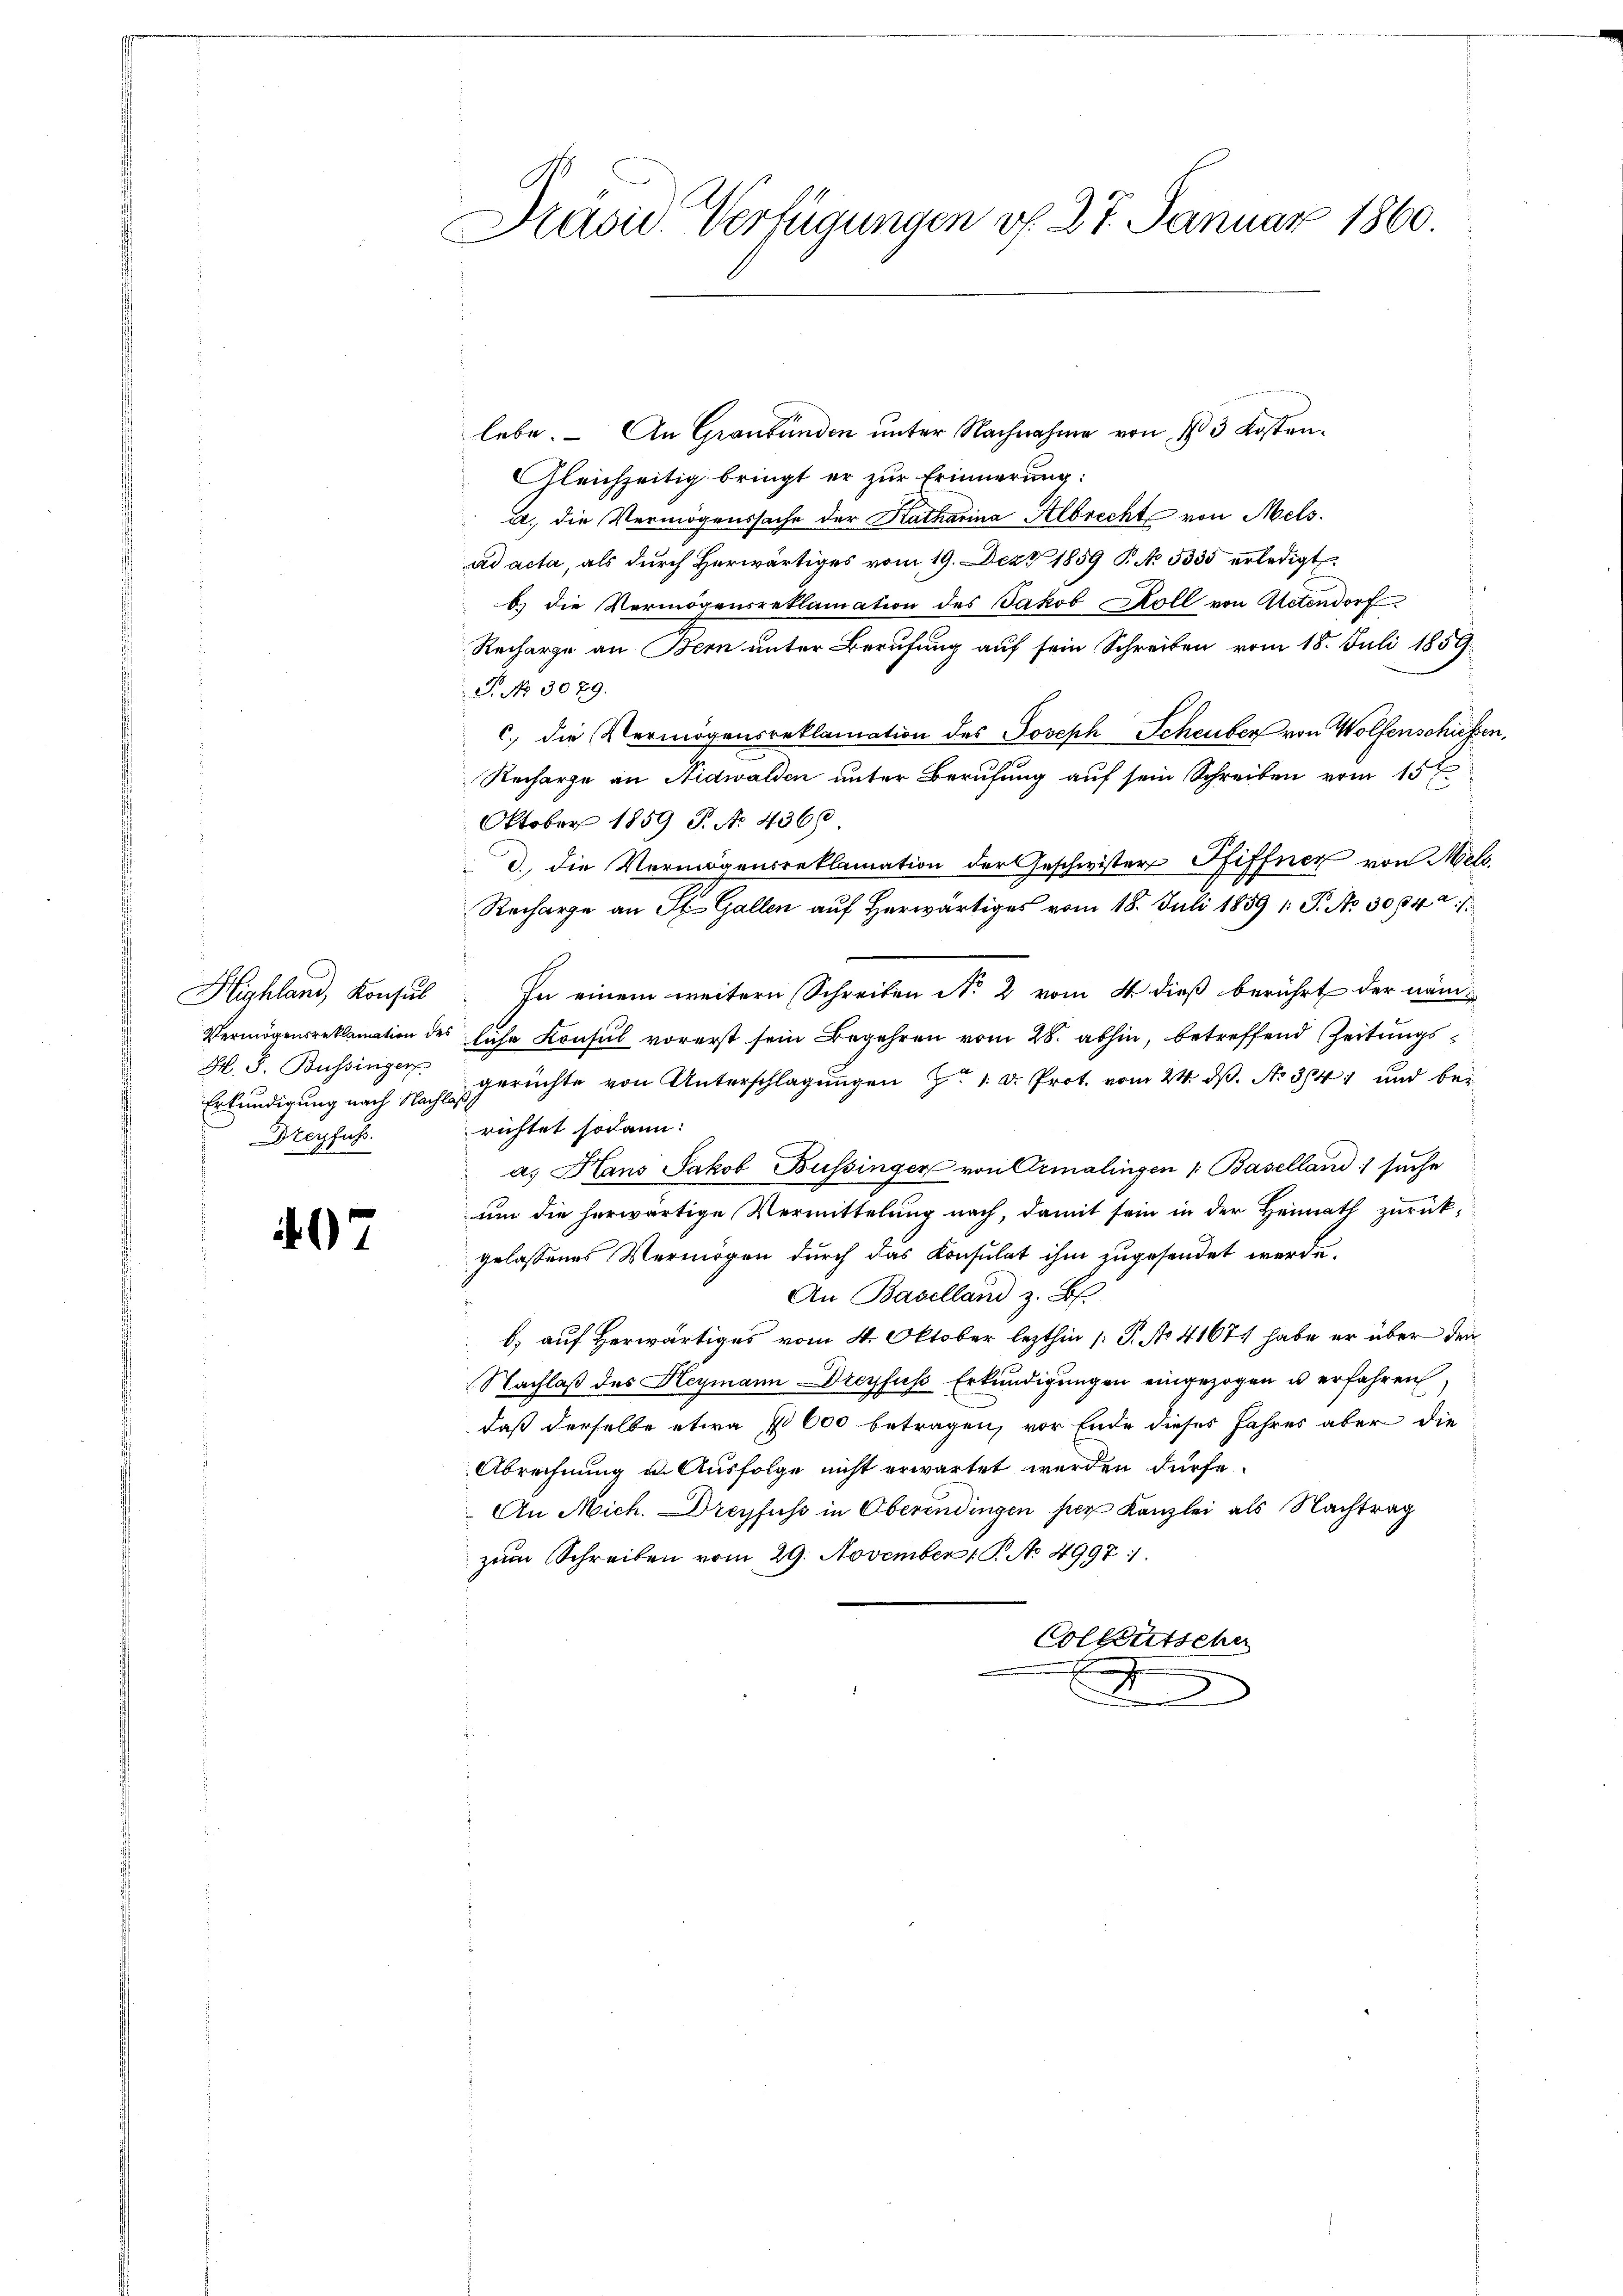
Highland, Konsul
Hl. S. Bussinger
Dreyfuss.

07

Präsid. Verfügungen d. 27. Januar 1860.

lebe. An Graubünden unter Nachnahme von § 3 Kosten¬
Gleichzeitig bringt er zur Erinnerung:
a. die Vermögenssache der Katharina Albrecht von Melsad acta, als durch herwärtiges vom 19. Dez. 1859 P. No. 5335 erledigt.
b.) die Vermögensreklamation des Jakob Koll von Retendorf
Recharge an Bern unter Berufung auf sein Schreiben vom 18. Juli 1859
P. No 3079.
c. die Vermögensreklamation des Joseph Scheuber von Wolfenschüssen,
Recharge an Nidwalden unter Berufung auf sein Schreiben vom 15ten
Oktober 1859 P. No 4360.
d. Die Vermögensreklamation der Geschwister Pfiffner von Meld.
Recharge an St. Gallen auf herwärtiges vom 18. Juli 1859 1: P. Nr. 3084. 1
In einem weitern Schreiben No 2 vom 4 dieß berührt der näm¬
Vermögensreklamation des siche Konsul vorerst sein Begehren vom 28. abhin, betreffend Zeitungs¬
Erkundigung nach Nach gerichte von Unterschlagungen H. Dr. Prot. vom 24. ds. No. 341 und berichtet sodann:
a. Haus Jakob Büssinger von Ermalingen /: Baselland suche
um die herwärtige Vermittelung nach, damit sein in der Heimath zurückgelassenes Vermögen durch das Konsulat ihm zugesendet werde.
An Baselland z. B.
b) auf Herwärtiges vom 4. Oktober lezthin /: P. No 41671 habe er über den
Nachlaß des Heymann Dreyfus Erkundigungen eingezogen u erfahren.
daß derselbe etwa 7000 betragen, vor Ende dieses Jahres aber die
Abrechnung u. Ausfolge nicht erwartet werden dürfe.
An Mich. Dreyfuss in Oberendingen hier Kanzlei als Nachtrag
zŭm Schreiben vom 29. November 1 P. No. 4997 :
Collentscher
E
I